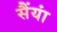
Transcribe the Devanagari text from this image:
सैंयां